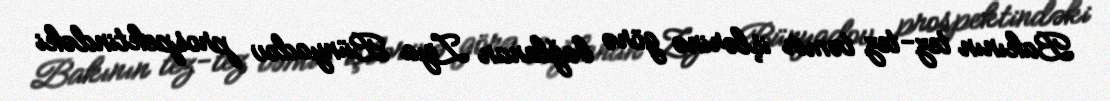
Bakının tez-tez təmir işlərinə görə bağlanan Ziya Bünyadov prospektindəki